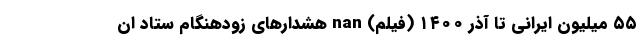
۵۵ میلیون ایرانی تا آذر ۱۴۰۰ (فیلم) nan هشدارهای زودهنگام ستاد ان